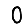
Digit: 0